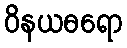
ဝိနယဓရော